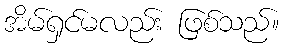
အိမ်ရှင်မလည်း ဖြစ်သည်။